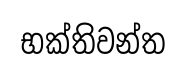
භක්තිවන්ත